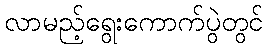
လာမည့်ရွေးကောက်ပွဲတွင်